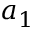
a _ { 1 }